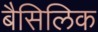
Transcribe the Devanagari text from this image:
बैसिलिक